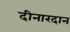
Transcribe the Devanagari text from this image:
दीनारदान